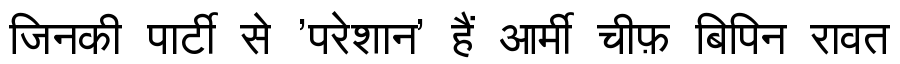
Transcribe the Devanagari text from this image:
जिनकी पार्टी से 'परेशान' हैं आर्मी चीफ़ बिपिन रावत